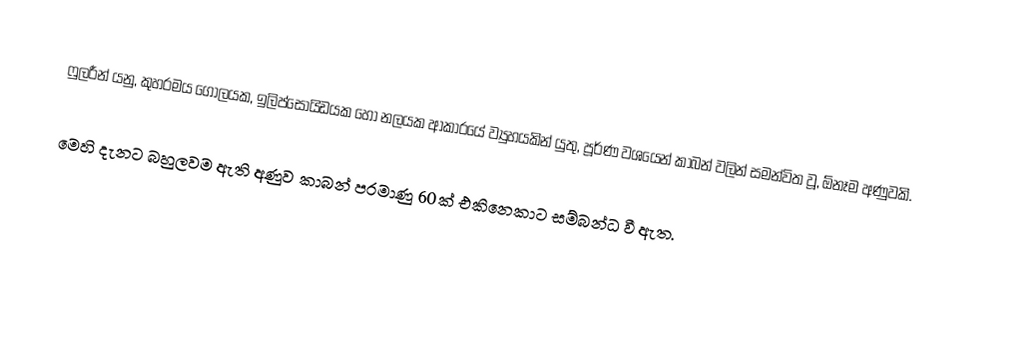
ෆුලරීන් යනු, කුහරමය ගෝලයක,  ඉලිප්සොයිඩයක හෝ නලයක ආකාරයේ ව්‍යුහයකින් යුතු, පූර්ණ වශයෙන් කාබන් වලින් සමන්විත වූ, ඕනෑම අණුවකි.

මෙහි දැනට බහුලවම ඇති අණුව කාබන් පරමාණු 60ක් එකිනෙකාට සම්බන්ධ වී ඇත.